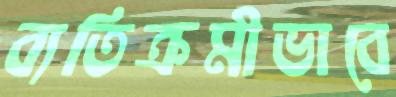
ব্যতিক্রমীভাবে